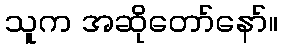
သူက အဆိုတော်နော်။